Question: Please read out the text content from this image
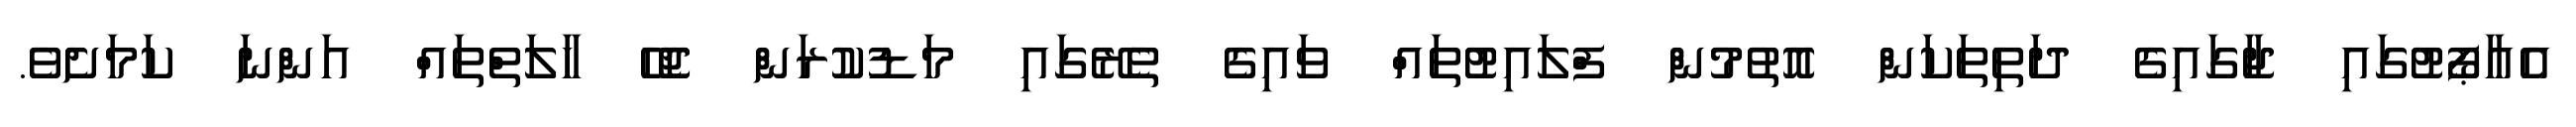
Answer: އެއާޕޯޓުގައި ޖާގައިގެ ދަތިތަކަން އޮތުމުން ފްލައިޓުތައް ވައިގެ ތެރޭގައި މަޑުކުރަން ޖެހޭ ހާލަތްތައް އަންނަ ކަމަށެވެ.